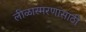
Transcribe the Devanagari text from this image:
लीळास्मरणासाठी